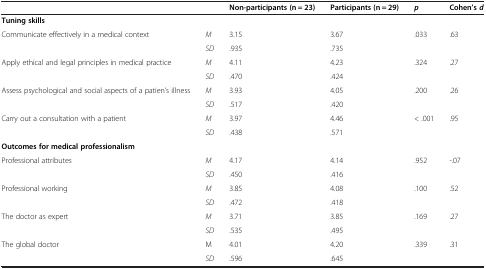
<table><thead><tr><td><b> </b></td><td><b> </b></td><td><b>Non-participants (n = 23)</b></td><td><b>Participants (n = 29)</b></td><td><b><i>p</i></b></td><td><b>Cohen’s <i>d</i></b></td></tr></thead><tbody><tr><td><b>Tuning skills</b></td><td> </td><td> </td><td> </td><td> </td><td> </td></tr><tr><td rowspan="2">Communicate effectively in a medical context</td><td><i>M</i></td><td>3.15</td><td>3.67</td><td rowspan="2">.033</td><td rowspan="2">.63</td></tr><tr><td><i>SD</i></td><td>.935</td><td>.735</td></tr><tr><td rowspan="2">Apply ethical and legal principles in medical practice</td><td><i>M</i></td><td>4.11</td><td>4.23</td><td rowspan="2">.324</td><td rowspan="2">.27</td></tr><tr><td><i>SD</i></td><td>.470</td><td>.424</td></tr><tr><td rowspan="2">Assess psychological and social aspects of a patien’s illness</td><td><i>M</i></td><td>3.93</td><td>4.05</td><td rowspan="2">.200</td><td rowspan="2">.26</td></tr><tr><td><i>SD</i></td><td>.517</td><td>.420</td></tr><tr><td rowspan="2">Carry out a consultation with a patient</td><td><i>M</i></td><td>3.97</td><td>4.46</td><td rowspan="2">&lt; .001</td><td rowspan="2">.95</td></tr><tr><td><i>SD</i></td><td>.438</td><td>.571</td></tr><tr><td><b>Outcomes for medical professionalism</b></td><td> </td><td> </td><td> </td><td> </td><td> </td></tr><tr><td rowspan="2">Professional attributes</td><td><i>M</i></td><td>4.17</td><td>4.14</td><td rowspan="2">.952</td><td rowspan="2">-.07</td></tr><tr><td><i>SD</i></td><td>.450</td><td>.416</td></tr><tr><td rowspan="2">Professional working</td><td><i>M</i></td><td>3.85</td><td>4.08</td><td rowspan="2">.100</td><td rowspan="2">.52</td></tr><tr><td><i>SD</i></td><td>.472</td><td>.418</td></tr><tr><td rowspan="2">The doctor as expert</td><td><i>M</i></td><td>3.71</td><td>3.85</td><td rowspan="2">.169</td><td rowspan="2">.27</td></tr><tr><td><i>SD</i></td><td>.535</td><td>.495</td></tr><tr><td rowspan="2">The global doctor</td><td>M</td><td>4.01</td><td>4.20</td><td rowspan="2">.339</td><td rowspan="2">.31</td></tr><tr><td><i>SD</i></td><td>.596</td><td>.645</td></tr></tbody></table>